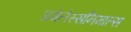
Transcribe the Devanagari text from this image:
अगेलेस्सनिमाल्स